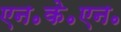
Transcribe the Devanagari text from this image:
एन॰के॰एन॰